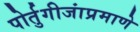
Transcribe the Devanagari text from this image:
पोर्तुगीजांप्रमाणे